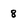
Character: 8